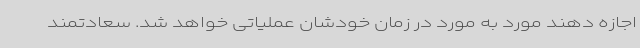
اجازه دهند مورد به مورد در زمان خودشان عملیاتی خواهد شد. سعادتمند